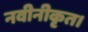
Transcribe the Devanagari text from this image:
नवीनीकृत।